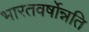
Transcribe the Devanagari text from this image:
भारतवर्षोन्नति